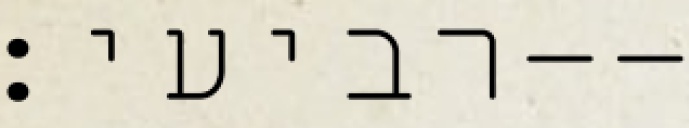
רביעי׃--